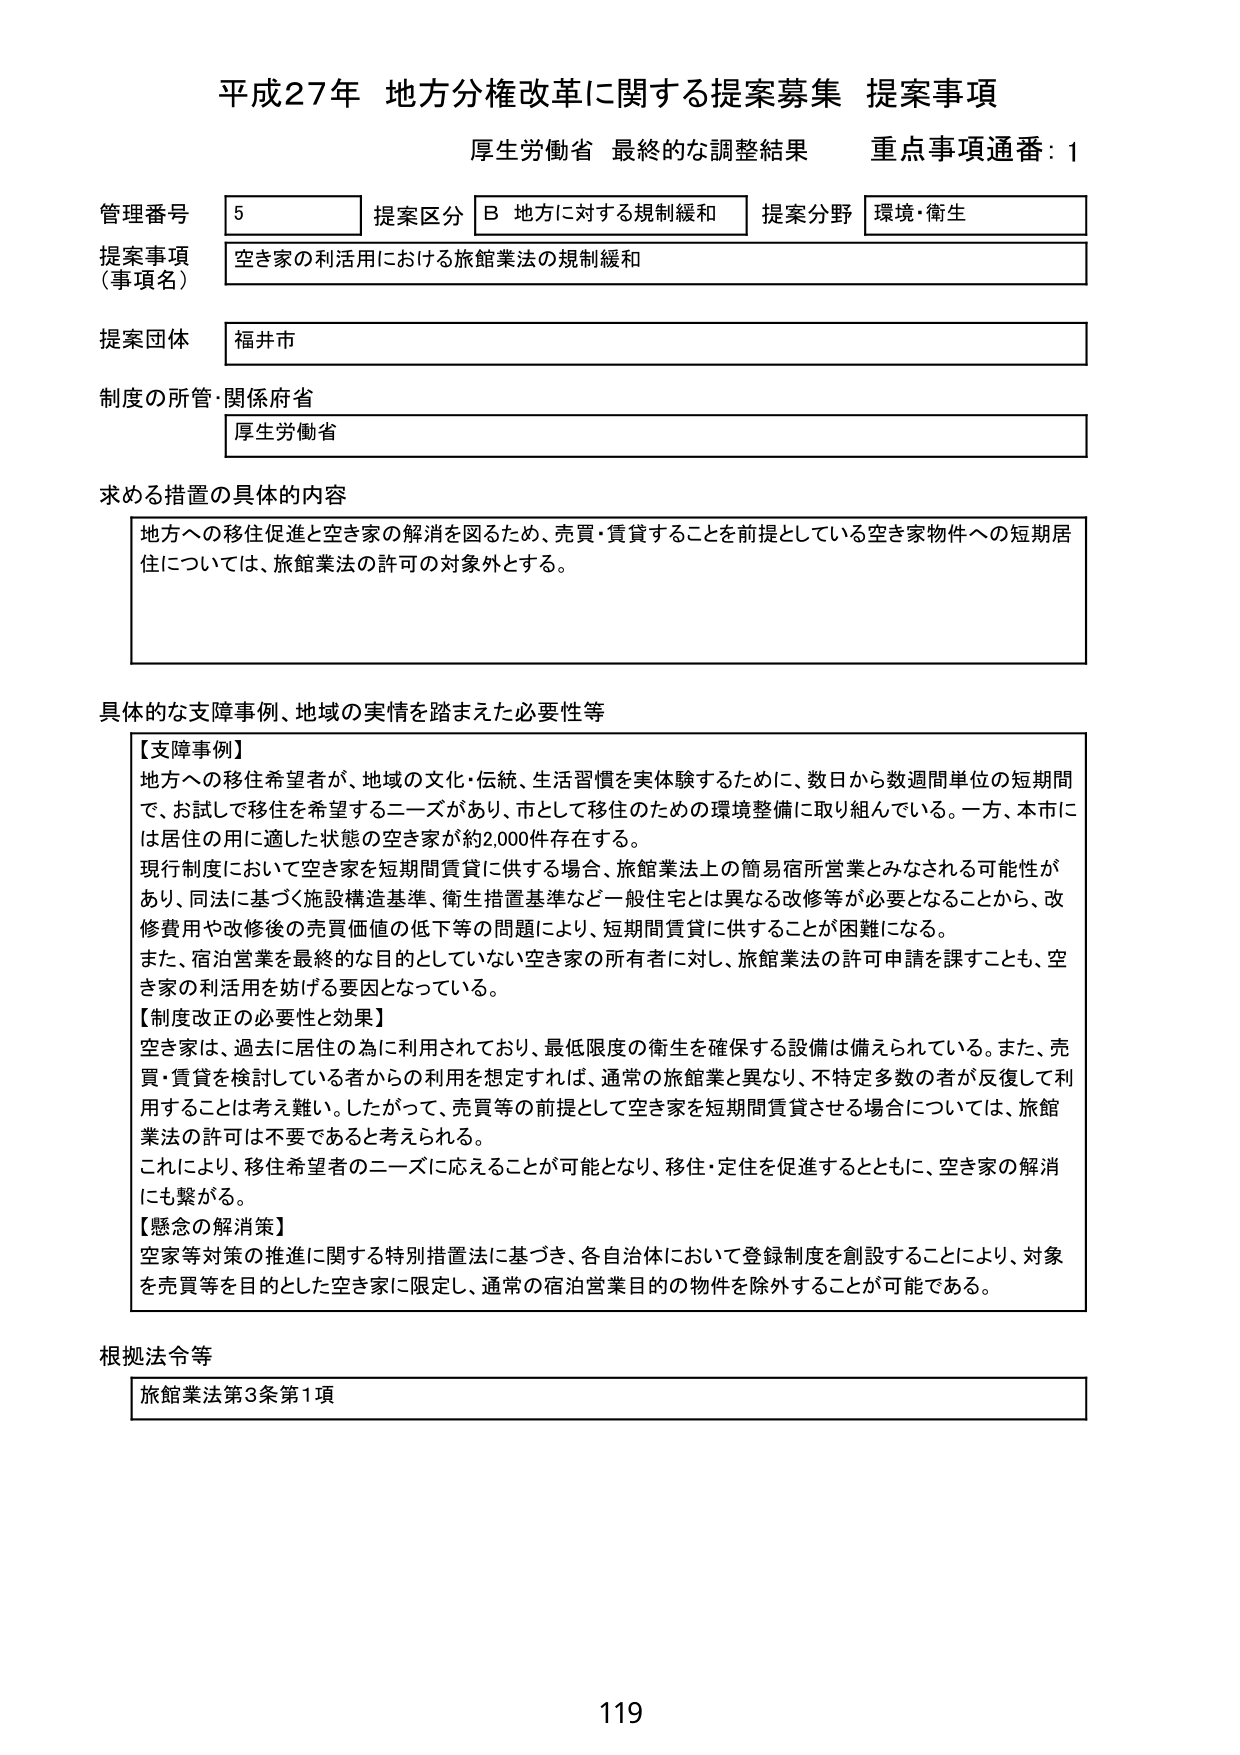
平成27年 地方分権改革に関する提案募集 提案事項
厚生労働省 最終的な調整結果 重点事項通番：1

管理番号 5 提案区分 B 地方に対する規制緩和 提案分野 環境・衛生
提案事項（事項名） 空き家の利活用における旅館業法の規制緩和
提案団体 福井市
制度の所管・関係府省 厚生労働省

求める措置の具体的内容
地方への移住促進と空き家の解消を図るため、売買・賃貸することを前提としている空き家物件への短期居住については、旅館業法の許可の対象外とする。

具体的な支障事例、地域の実情を踏まえた必要性等
【支障事例】
地方への移住希望者が、地域の文化・伝統、生活習慣を実体験するために、数日から数週間単位の短期間で、お試しで移住を希望するニーズがあり、市として移住のための環境整備に取り組んでいる。一方、本市には居住の用に適した状態の空き家が約2,000件存在する。
現行制度において空き家を短期間賃貸に供する場合、旅館業法上の簡易宿所営業とみなされる可能性があり、同法に基づく施設構造基準、衛生措置基準など一般住宅とは異なる改修等が必要となることから、改修費用や改修後の売買価値の低下等の問題により、短期間賃貸に供することが困難になる。
また、宿泊営業を最終的な目的としていない空き家の所有者に対し、旅館業法の許可申請を課すことも、空き家の利活用を妨げる要因となっている。

【制度改正の必要性と効果】
空き家は、過去に居住の為に利用されており、最低限度の衛生を確保する設備は備えられている。また、売買・賃貸を検討している者からの利用を想定すれば、通常の旅館業と異なり、不特定多数の者が反復して利用することは考え難い。したがって、売買等の前提として空き家を短期間賃貸させる場合については、旅館業法の許可は不要であると考えられる。
これにより、移住希望者のニーズに応えることが可能となり、移住・定住を促進するとともに、空き家の解消にも繋がる。

【懸念の解消策】
空家等対策の推進に関する特別措置法に基づき、各自治体において登録制度を創設することにより、対象を売買等を目的とした空き家に限定し、通常の宿泊営業目的の物件を除外することが可能である。

根拠法令等
旅館業法第3条第1項

119